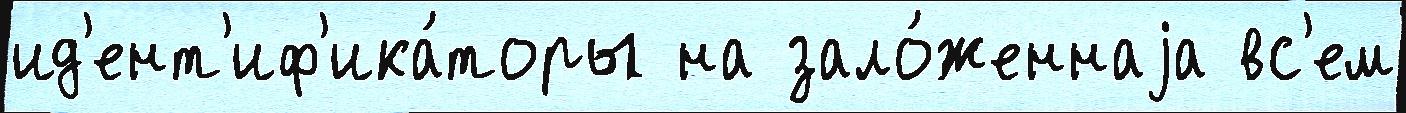
ид'ент'иф'ика́торы на зало́женнаjа вс'ем